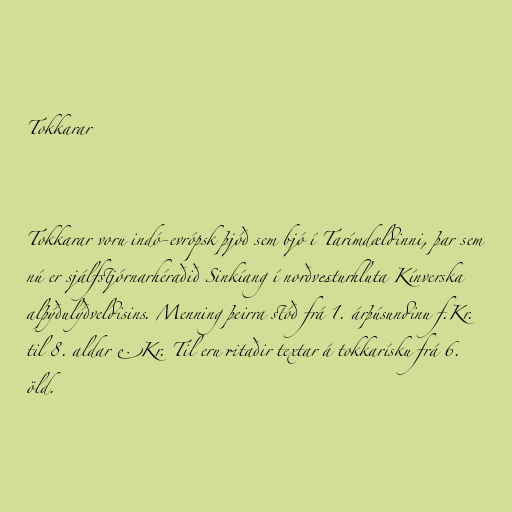
Tokkarar

Tokkarar voru indó-evrópsk þjóð sem bjó í Tarímdældinni, þar sem
nú er sjálfstjórnarhéraðið Sinkíang í norðvesturhluta Kínverska
alþýðulýðveldisins. Menning þeirra stóð frá 1. árþúsundinu f.Kr.
til 8. aldar e.Kr. Til eru ritaðir textar á tokkarísku frá 6.
öld.